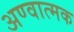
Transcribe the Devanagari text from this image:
अण्वात्मक